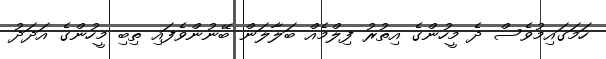
ހަމަގައިމުވެސް ދެ މީހުންގެ އިތުރު ފިލްމެއް ބަލާލަން ބޭނުންވެފައި ތިބި މީހުންގެ އަދަދު